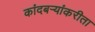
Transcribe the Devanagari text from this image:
कांदबऱ्यांकरीता